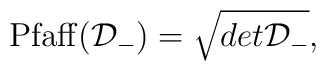
{\rm Pfaff}({\cal D}_{-})=\sqrt{det{\cal D}_{-}},